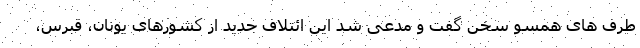
طرف های همسو سخن گفت و مدعی شد این ائتلاف جدید از کشورهای یونان، قبرس،